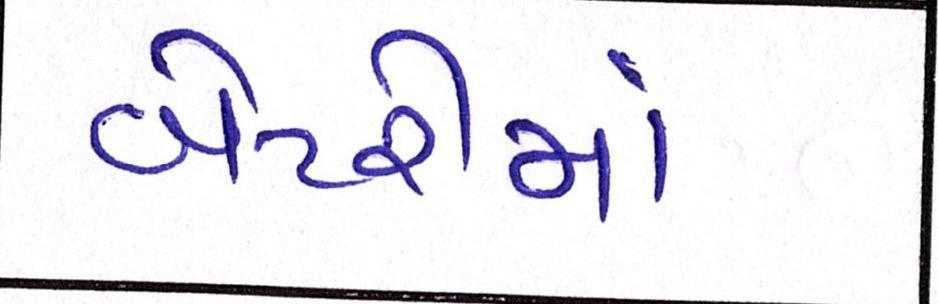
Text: બેટરીમાં